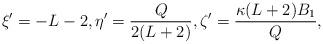
LaTeX: \begin{align*} \xi' = -L-2, \eta' = \frac{Q}{2(L+2)}, \zeta' = \frac{\kappa(L+2)B_1}{Q},\end{align*}